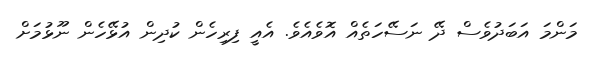
މަންމަ އަބަދުވެސް ދޭ ނަސޭހަތެއް އޮވެއެވެ. އެއީ ފިރިހެން ކުދިން އުޅޭހެން ނޫޅުމަށް